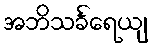
အဘိသင်္ခရေယျ